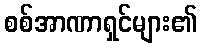
စစ်အာဏာရှင်များ၏